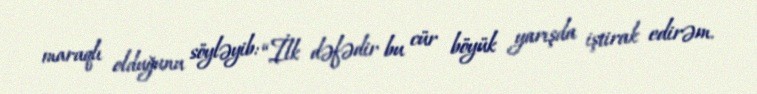
maraqlı olduğunu söyləyib: “İlk dəfədir bu cür böyük yarışda iştirak edirəm.